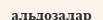
альдозалар